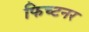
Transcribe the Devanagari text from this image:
फिच्टनर